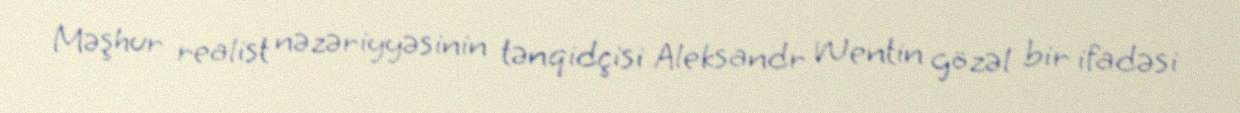
Məşhur realist nəzəriyyəsinin tənqidçisi Aleksandr Wentin gözəl bir ifadəsi